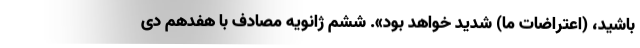
باشید، (اعتراضات ما) شدید خواهد بود». ششم ژانویه مصادف با هفدهم دی